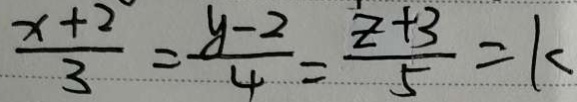
\frac { x + 2 } { 3 } = \frac { y - 2 } { 4 } = \frac { z + 3 } { 5 } = k